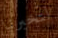
لتخبرنا